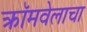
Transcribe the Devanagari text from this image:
क्रॉमवेलाचा